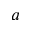
a